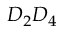
D _ { 2 } D _ { 4 }